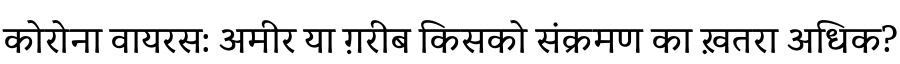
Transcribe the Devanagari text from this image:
कोरोना वायरस: अमीर या ग़रीब किसको संक्रमण का ख़तरा अधिक?